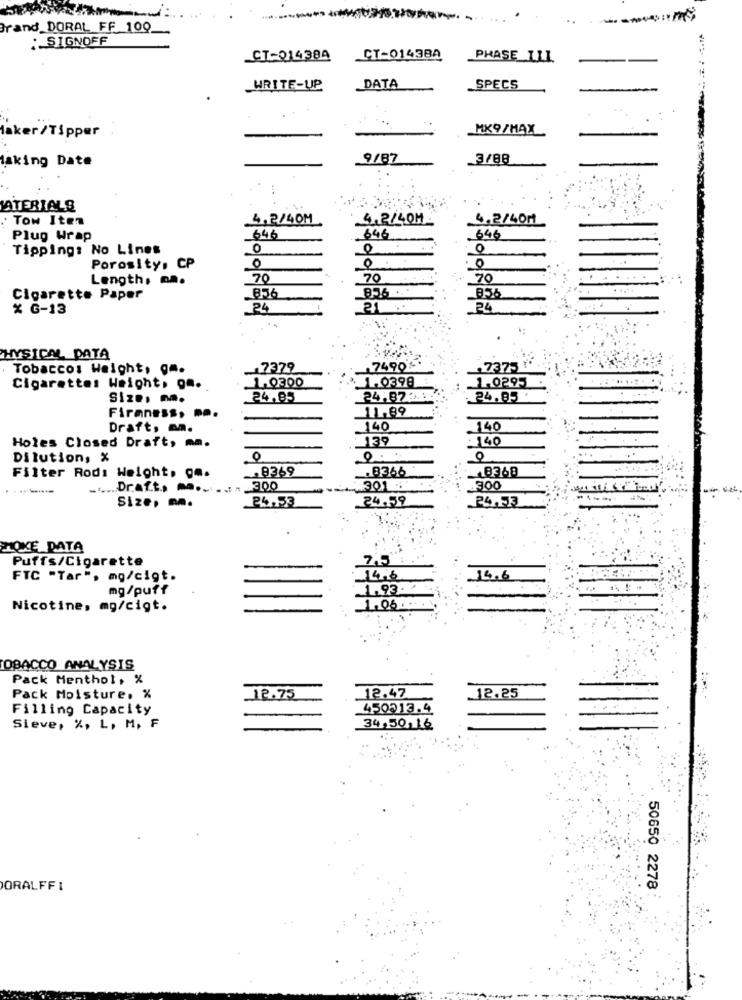
Brand_DORAL_FF_ 100
: SIGNOFF
CT-014384
CT-0143BA
PHASE_111
WRITE-UP
DATA
_SPECS
.. .
MK9/MAX
Saker/Tipper
9/87
3/88
taking Date
ATERIALS
Tow Iten
4,2/40M
4.2/40M
4.2/40M
646
Plug Wrap
646
646
Tipping: No Lines
O
0
Porosity, CP
Length, ma.
70
70
70
....
836 ...
Cigarette Paper
856
% G-13
24
21.
24
HYSICAL DATA
Tobacco: Weight, gm.
7379
7490%
7375 "
1.0300
1.0398
1.0295
Cigarettes Weight, gm.
Size: no.
24.85
24,8721:
24.85
Firmness, ...
11.89
Draft. m.
140
140
139
140
Holes Closed Draft, mm.
Dilution, %
0
Filter Rod: Weight, gm.
. 8369
.8366
8369
300
301 .
.300
24,53
24.59
Size, m.
24.53
POKE DATA
Puffs/Cigarette
7.5
FTC "Tar", mg/cigt.
14.6
14.6
mg/puff
1.93.
Nicotine, mg/cigt.
1.06 ....
TOBACCO ANALYSIS
Pack Menthol, %
Pack Moisture. %
12.75
12.47
12.25
Filling Capacity
450213.4
Sieve, %, L, M, F
34,50,16
ORALFFI
50650 2278